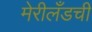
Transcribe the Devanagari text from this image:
मेरीलँडची